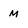
Character: m